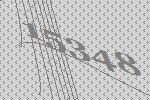
15348